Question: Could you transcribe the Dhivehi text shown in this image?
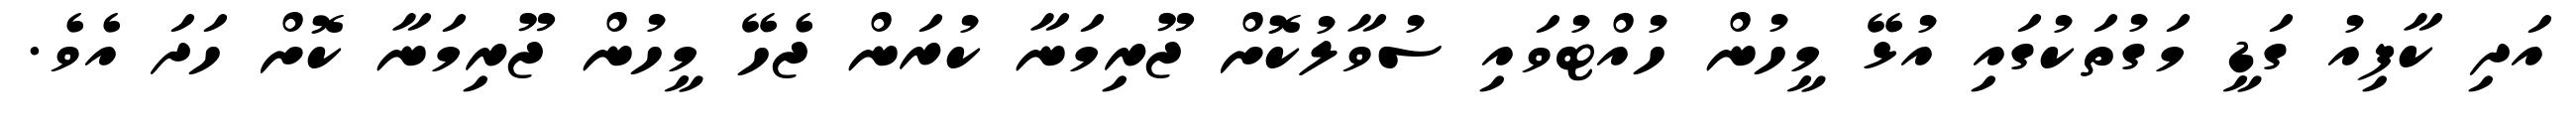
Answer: އަދި ކާފިއު ގަޑީ މަގުތަކުގައި އުޅޭ މީހުން ހުއްޓުވައި ސުވާލުކޮށް ޖޫރިމަނާ ކުރަން ޖެހޭ މީހުން ޖޫރިމަނާ ކޮށް ހަދަ އެވެ.